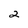
Character: 2